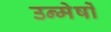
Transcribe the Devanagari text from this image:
उन्मेर्षों